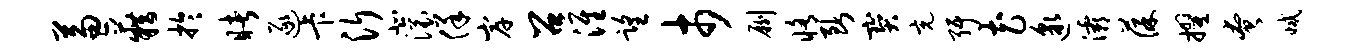
兼籍於睹逐卡沂北滚佯岸召淮望市劂修断宝充弭花邈灞葆擢奄减